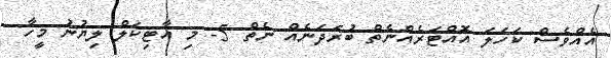
އެއްވެސް ކަހަލަ އަޮއްޓަރެއްނެތް ބުރަދަނެއް ނެތް 5- މި އާޓިކަލް ލިޔުނު މީހާ